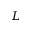
L